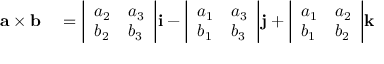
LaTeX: \begin{array} { r l } { \mathbf { a \times b } } & { { } = { \left| \begin{array} { l l } { a _ { 2 } } & { a _ { 3 } } \\ { b _ { 2 } } & { b _ { 3 } } \end{array} \right| } \mathbf { i } - { \left| \begin{array} { l l } { a _ { 1 } } & { a _ { 3 } } \\ { b _ { 1 } } & { b _ { 3 } } \end{array} \right| } \mathbf { j } + { \left| \begin{array} { l l } { a _ { 1 } } & { a _ { 2 } } \\ { b _ { 1 } } & { b _ { 2 } } \end{array} \right| } \mathbf { k } } \end{array}